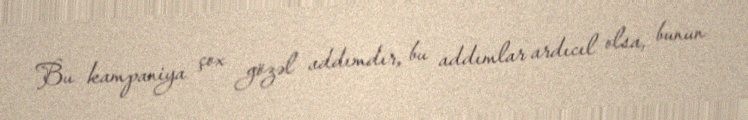
Bu kampaniya çox gözəl addımdır, bu addımlar ardıcıl olsa, bunun